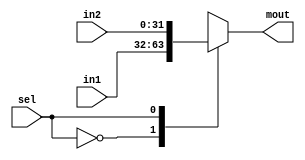
module mux2to1_32bits(input [31:0] in1, input [31:0] in2,input sel, output reg [31:0] mout);
 always@(in1 or in2 or sel)
    begin
      case(sel)
        1'b0: mout=in1;
        1'b1: mout=in2;
      endcase
  end
endmodule